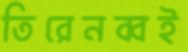
তিরেনব্বই